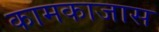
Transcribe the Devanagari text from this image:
कामकाजास